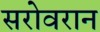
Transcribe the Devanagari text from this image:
सरोवरान